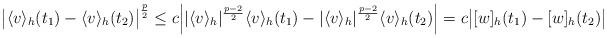
LaTeX: \begin{align*}\big|\langle v \rangle_h (t_1)-\langle v \rangle_h(t_2)\big|^{\frac{p}{2}} \leq c \Big||\langle v \rangle_h|^{\frac{p-2}{2}}\langle v \rangle_h(t_1)-|\langle v \rangle_h|^{\frac{p-2}{2}}\langle v \rangle_h(t_2)\Big|=c\big|[w]_h(t_1)-[w]_h(t_2)\big|\end{align*}